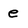
Character: e